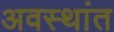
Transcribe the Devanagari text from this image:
अवस्थांत